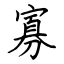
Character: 寡